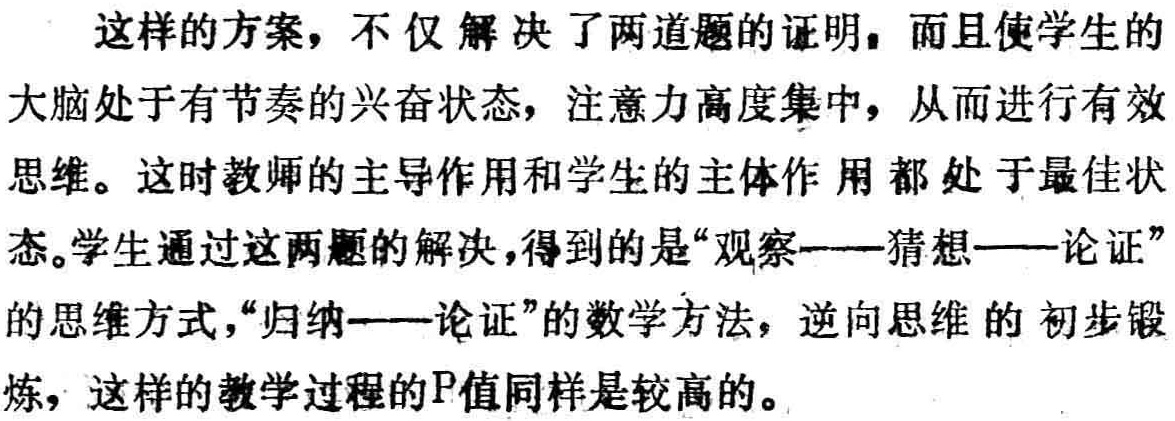
这样的方案，不仅解决了两道题的证明，而且使学生的
大脑处于有节奏的兴奋状态，注意力高度集中，从而进行有效
思维。这时教师的主导作用和学生的主体作用都处于最佳状
态。学生通过这两题的解决，得到的是“观察——猜想——论证”
的思维方式，“归纳——论证”的数学方法，逆向思维的初步锻
炼，这样的教学过程的\text{P}值同样是较高的。